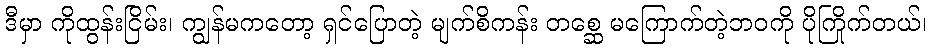
ဒီမှာ ကိုထွန်းငြိမ်း၊ ကျွန်မကတော့ ရှင်ပြောတဲ့ မျက်စိကန်း တစ္ဆေ မကြောက်တဲ့ဘဝကို ပိုကြိုက်တယ်၊